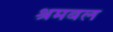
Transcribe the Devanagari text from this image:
श्रमबल